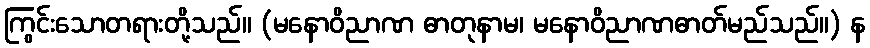
ကြွင်းသောတရားတို့သည်။ (မနောဝိညာဏ ဓာတုနာမ၊ မနောဝိညာဏဓာတ်မည်သည်။) န